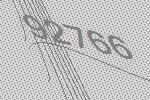
92766